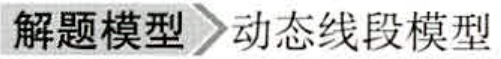
解题模型\rightarrow 动态线段模型